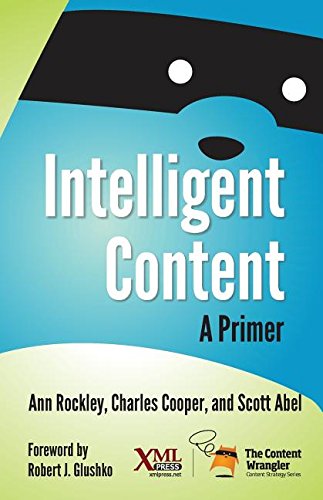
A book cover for Intelligent Content: A Primer; Ann Rockley; Computers & Technology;